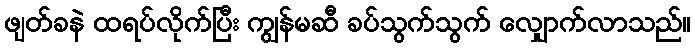
ဖျတ်ခနဲ ထရပ်လိုက်ပြီး ကျွန်မဆီ ခပ်သွက်သွက် လျှောက်လာသည်။